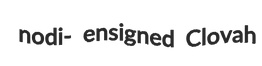
nodi- ensigned Clovah